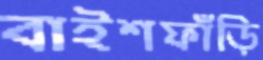
বাইশফাঁড়ি